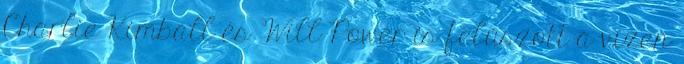
Charlie Kimball és Will Power is felúszott a vízen